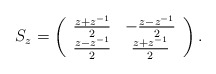
\begin{align*}S_z=\left( \begin{array}{cc} \frac{z+z\sp{-1}}{2} & -\frac{z-z\sp{-1}}{2} \\ \frac{z-z\sp{-1}}{2} & \frac{z+z\sp{-1}}{2} \\ \end{array} \right).\end{align*}